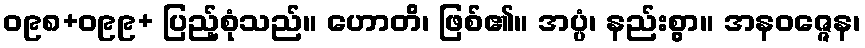
ဝ၉၈+ဝ၉၉+ ပြည့်စုံသည်။ ဟောတိ၊ ဖြစ်၏။ အပ္ပံ၊ နည်းစွာ။ အနဝဇ္ဇေန၊